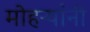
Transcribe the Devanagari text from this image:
मोहऱ्यांनी